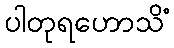
ပါတုရဟောသိံ